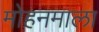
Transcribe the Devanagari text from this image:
मोहनमाला